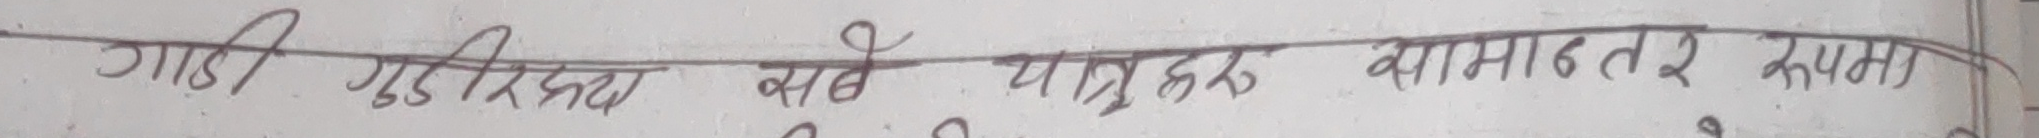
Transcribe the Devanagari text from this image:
गाडी गुडिरहन्छ सबै यात्रुहरू बामान्तर रुपमा